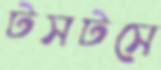
টসটসে